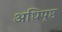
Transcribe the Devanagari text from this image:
अधिपृष्ठ